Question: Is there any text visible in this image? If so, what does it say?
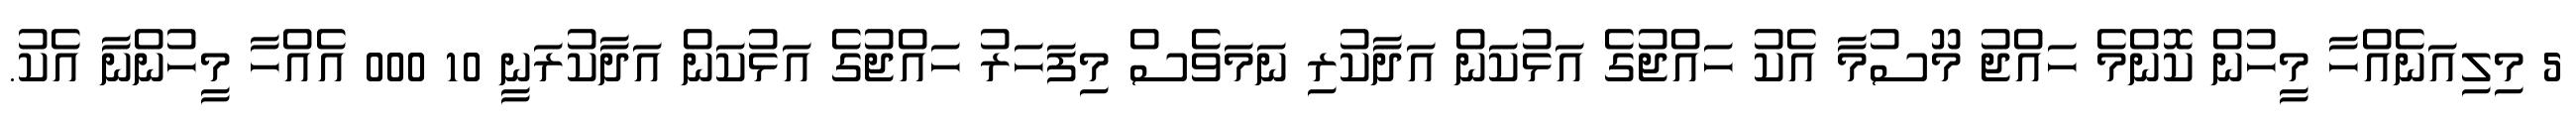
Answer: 5 މިލިއަނެއްހާ މީހުން ކޮންމެ ހައްޖު މޫސުމާ އެކު ހައްޖުގެ އަޅުކަން އަދާކުރި ނަމަވެސް މިފަހަރު ހައްޖުގެ އަޅުކަން އަދާކުރަނީ 10 000 އެއްހާ މީހުންނާ އެކު.